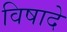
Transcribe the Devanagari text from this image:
विषादे